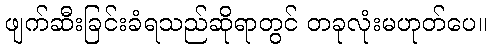
ဖျက်ဆီးခြင်းခံရသည်ဆိုရာတွင် တခုလုံးမဟုတ်ပေ။